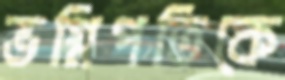
ভগ্নিপতিকে